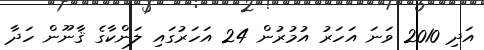
އަދި 2010 ވަނަ އަހަރު އުމުރުން 24 އަހަރުގައި ލަންކާގެ ޤާނޫން ހަދާ